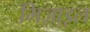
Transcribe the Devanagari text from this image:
मिज़ाइल